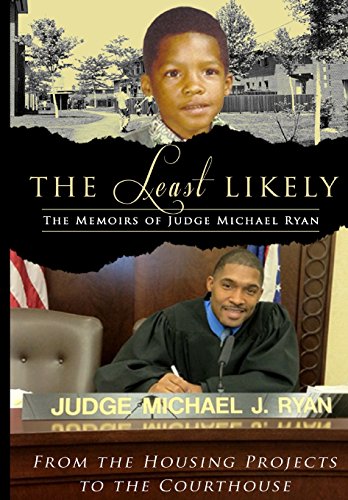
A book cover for The Least Likely: From the Housing Projects to the Court House; Michael J Ryan; Law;